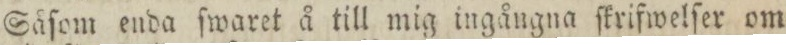
Såſom enda ſwaret å till mig ingångna ſkrifwelſer om